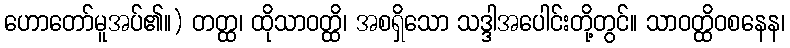
ဟောတော်မူအပ်၏။) တတ္ထ၊ ထိုသာဝတ္ထိ၊ အစရှိသော သဒ္ဒါအပေါင်းတို့တွင်။ သာဝတ္ထိဝစနေန၊